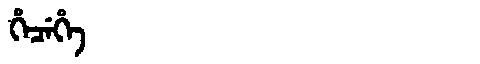
Manchu: ᡥᡝᠴᡝᡥᡝ
Romanization: HECEHE